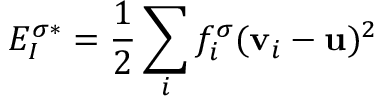
E _ { I } ^ { \sigma * } = \frac { 1 } { 2 } \sum _ { i } f _ { i } ^ { \sigma } ( \mathbf { v } _ { i } - \mathbf { u } ) ^ { 2 }